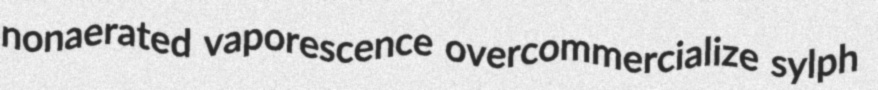
nonaerated vaporescence overcommercialize sylph